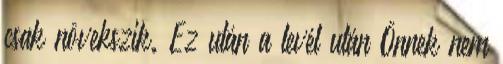
csak növekszik. Ez után a levél után Önnek nem